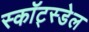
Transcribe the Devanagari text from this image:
स्कॉट्स्डेल